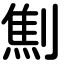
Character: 劁